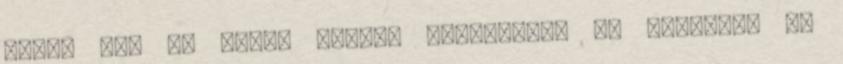
Talán nem is kíván tovább beleszólni az életembe és